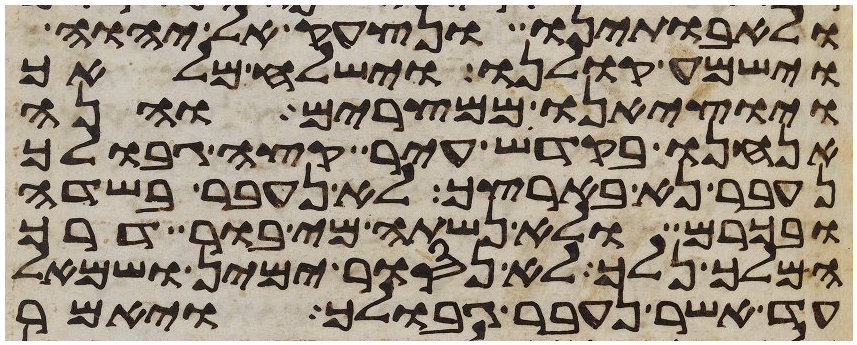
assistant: ולאבתינו ונצעק אל יהוה
וישמע קולנו וישלח מלאך
ויוציאנו ממצרים והנה
אנחנו בקדש עיר קצה גבולך
נעבר נא בארצך לא נעבר בשדה
ובכרם ולא נשתה מי בור דרך
המלך נלך לא נסור ימין ושמאל
עד אשר נעבר גבולך ויאמר